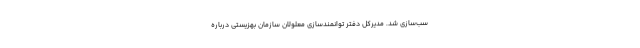
سب‌سازی شد. مدیرکل دفتر توانمندسازی معلولان سازمان بهزیستی درباره